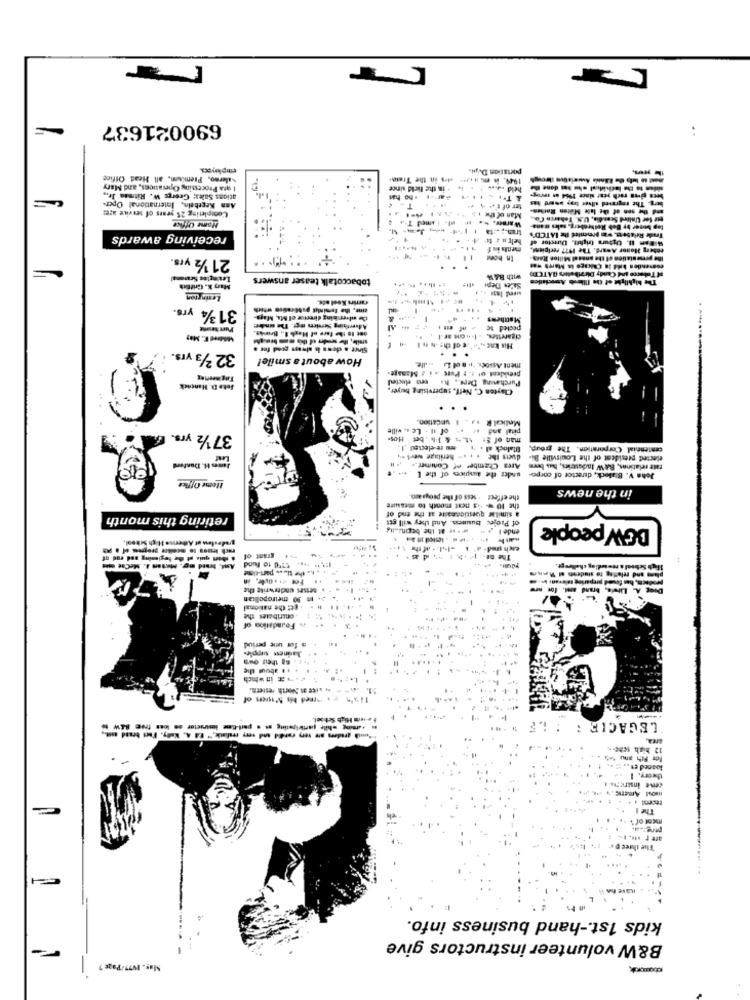
690021637
..
employees.
poration Dupi.
salerno, Premium, all Head Office
1949. h m size is in the Train.
I gra Processing Operances, and Mary
. in the field since
milan to the lochideal who has done -
ations Sales: George W. Ritman Ir .,
ATILIM
been given rach year since 1954 = mvy.
Completing 25 years of service age:
Ann Kegebein, International Oper-
T
...
ter of t4- 4 +
and the son of the Inte Maton Railles
berg- The tegrmed tihet try woerd has
Home Office
Man of the + 5
tur for Unlind Scendis, U.N. Teherch Co.
tran.p . ta
top bnoer by Bob Rethraberg, sales mana
receiving awards
helt n & tu
" Ban II. Ughura (right), Director of
Trade Realen, was presented Be IATCD's
ments in f
thberg Honor Award. The 1977 recipiens
21 1/2 yrs.
In hont
the presentation of the anosel Milles Racy
=
tobaccotalk teaser answers
with BAW
o Tobacco and Candy Dirzibottes GATCE)
Mary K. Griffith
Sales Depi
Lexington
carrirs Keel ade.
314 yrs.
tine, the teminlit pubfrelse which
the ulver bing director el Ma, Maps-
Mathems .. .
Advertging Services mgr. De under:
-
pected te - of et. -- - A
Get In the fore of Hagh I ., Bruks.
-------
ED2
cigarettes, . 1.non ar
Since a cows Is always good for .
32 2/3 yrs.
How about a smile!
president of :. : Port + 1 2 Manage-
ment Assoes, I. Det L .dlle.
Tagererer
Purchasing Ders ., h. ero elected
Jeta D. Hancock
Clayton C. Neff, supervising buyer,
...
Melical R .a . I unCation
of il - Le .. ville
pital and w ."
37 1/2 yrs.
man of $1 AL- & 1-6 .bet Hos-
ou re-elected 1
Blalock al .
centennial Corporation. The group,
duets the . . .- heritage worley
elected president of the Louisville Bi-
mn H. Denferd
Area Chamber of Conmer .. . " !!
tate relations, BAW Industries, bus been
under the auspices of the L
Joha V. Bialock, director of corpo-
Home Office
in the news
the effect . sess of the programd.
the 10 - 's next month to macauire
retiring this month
of Projec Business. And they will get
a similar questionnaire at the end of
.i at the bocinastty
ende ! "
DOWpeople
gradeslow ut Alberina High School,
rach lesaos to mcolor progress of a po
exch sud- # $ =1-il. - af the
grant of
Ant. Ised ng. Miten A. MeChe SiHt
6750 to fund
Ifich Schsal a mto sediag chelleopt.
the tis es part-time
4+ 4+
pradaca, has found preparing televani im
plans and relaflag te sidenn al Ren
Doeg A. Litwie, brand asel. for
1 30 metropolitan
get the national
.ontributes the
Foundation of
s for une periud
1 . na their own
Madness sipples
. 11 about the
.- in -Ich
1.+ 2
Fe-im High School,
LEGACIE : : LE
th graders are very candid and very pralialle," E.4 4. Kuly. Fact brand samt .,
12 high sch6-
loaned en .. :
theory. 1
ceive instri; ve
The 1
ment of &
are r .u. F.
The three p
kids 1st .- hand business info.
B&W volunteer instructors give
Mag. 1977/Page 7